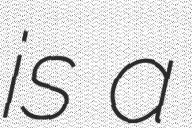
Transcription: is a